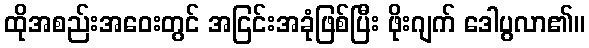
ထိုအစည်းအဝေးတွင် အငြင်းအခုံဖြစ်ပြီး ဖိုးဂျက် ဒေါပွလာ၏။